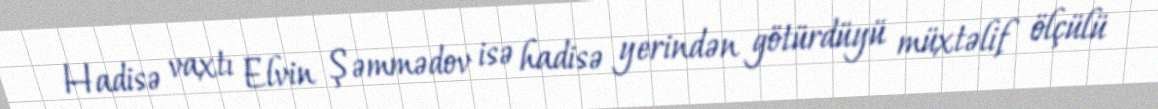
Hadisə vaxtı Elvin Şəmmədov isə hadisə yerindən götürdüyü müxtəlif ölçülü